Annual report on the working of the Harcourt Butler Institute of Public Health, Rangoon
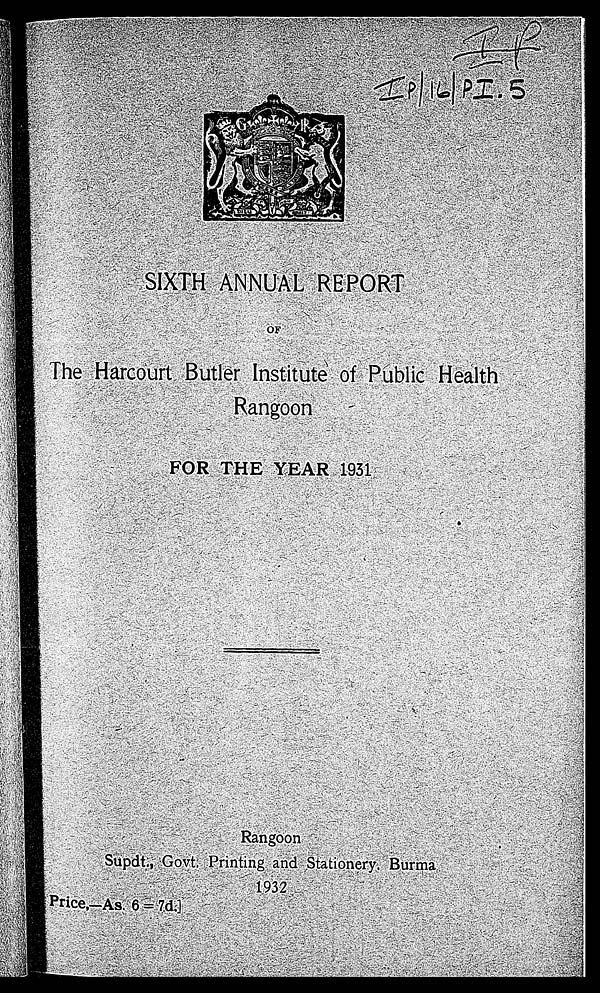
IP
IP/16/PI.5
S I X T H A N N U A L R E P O R T .
OF
Rangoon
S u p d t . , Go v t . P r i n t i n g a n d S t a t i o n e r y . Bu r ma
1932 [Pri ce. —AS. 6=7d. ]